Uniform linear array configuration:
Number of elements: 48
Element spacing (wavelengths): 0.25
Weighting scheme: hamming
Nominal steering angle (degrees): -15
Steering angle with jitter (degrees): -16.304
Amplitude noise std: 0.05
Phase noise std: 0.05

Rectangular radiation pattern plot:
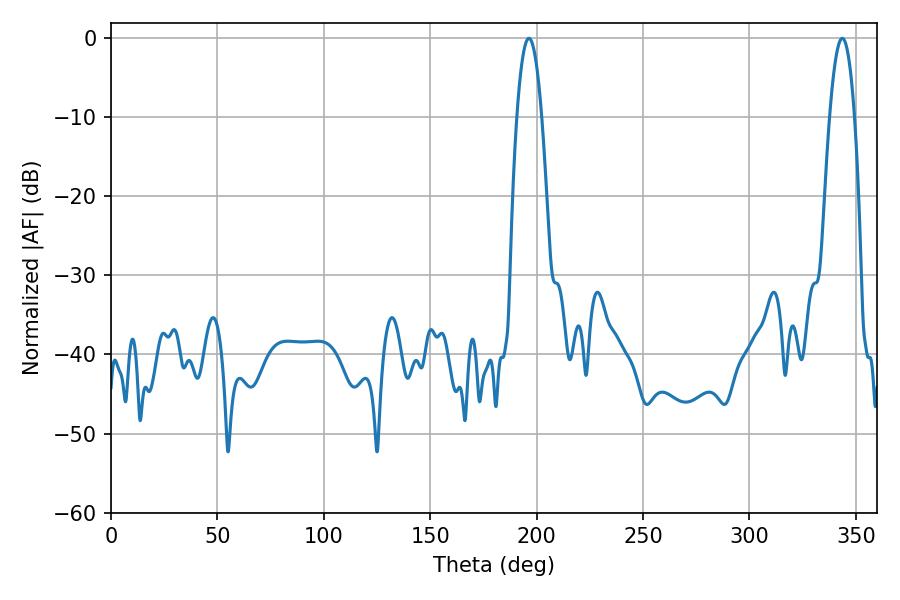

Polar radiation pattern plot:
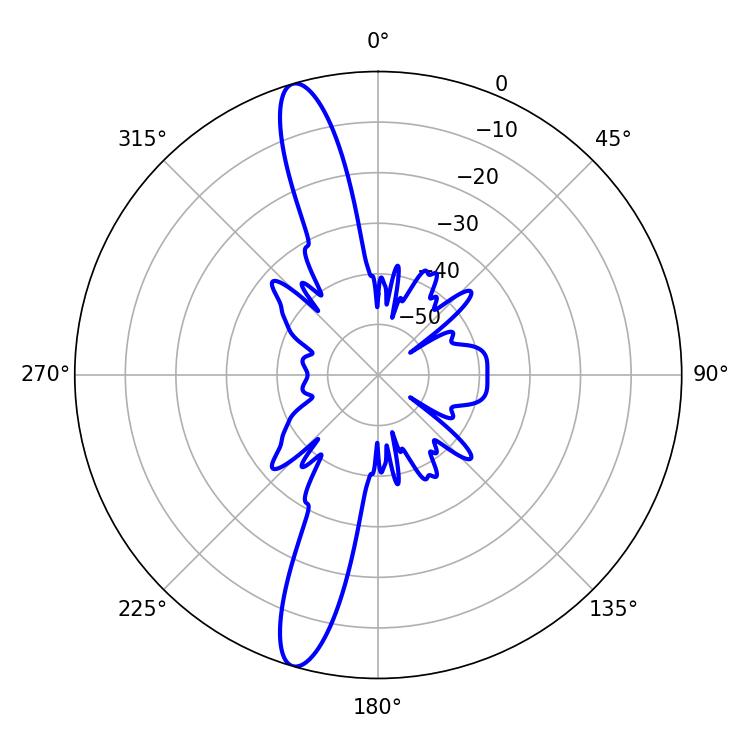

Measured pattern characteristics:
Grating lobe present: FALSE
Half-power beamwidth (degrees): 6.48
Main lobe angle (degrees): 196.38